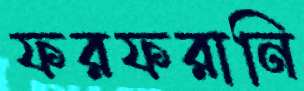
ফরফরানি